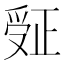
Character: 𬋮